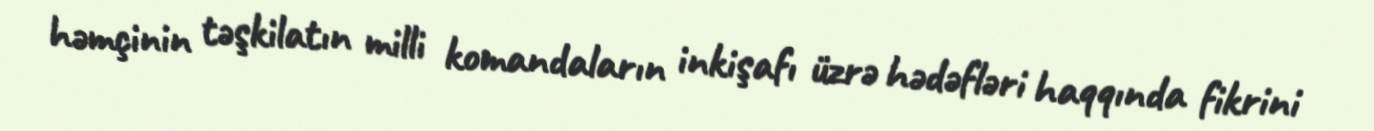
həmçinin təşkilatın milli komandaların inkişafı üzrə hədəfləri haqqında fikrini